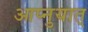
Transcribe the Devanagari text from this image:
आप्नुयात्